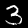
Digit: 3